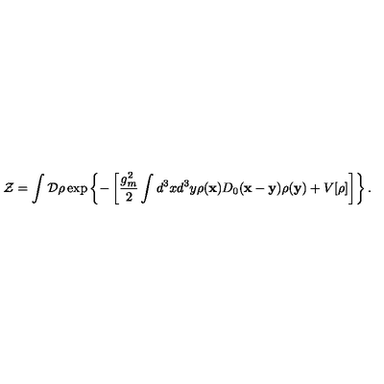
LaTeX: { \cal Z } = \int { \cal D } \rho \exp \left\{ - \left[ \frac { g _ { m } ^ { 2 } } { 2 } \int d ^ { 3 } x d ^ { 3 } y \rho ( { \bf x } ) D _ { 0 } ( { \bf x } - { \bf y } ) \rho ( { \bf y } ) + V [ \rho ] \right] \right\} .